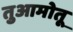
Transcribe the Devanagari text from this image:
तुआमोतू